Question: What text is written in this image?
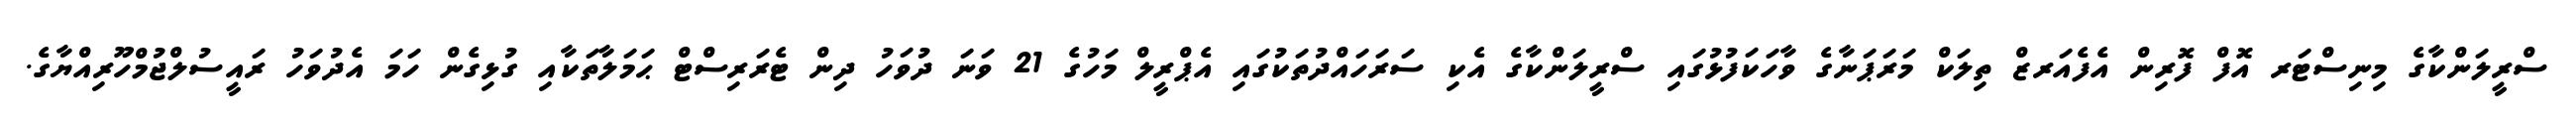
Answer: ސްރީލަންކާގެ މިނިސްޓަރ އޮފް ފޮރިން އެފެއަރޒް ތިލަކް މަރަޕަނާގެ ވާހަކަފުޅުގައި ސްރީލަންކާގެ އެކި ސަރަހައްދުތަކުގައި އެޕްރީލް މަހުގެ 21 ވަނަ ދުވަހު ދިން ޓެރަރިސްޓް ޙަމަލާތަކާއި ގުޅިގެން ހަމަ އެދުވަހު ރައީސުލްޖުމްހޫރިއްޔާގެ.